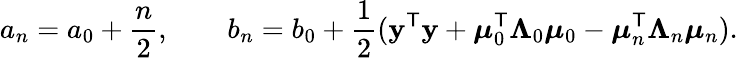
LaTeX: a_{n}=a_{0}+{\frac{n}{2}},\qquad b_{n}=b_{0}+{\frac{1}{2}}(\mathbf{y}^{\mathsf{T}}\mathbf{y}+{\boldsymbol{\mu}}_{0}^{\mathsf{T}}{\boldsymbol{\Lambda}}_{0}{\boldsymbol{\mu}}_{0}-{\boldsymbol{\mu}}_{n}^{\mathsf{T}}{\boldsymbol{\Lambda}}_{n}{\boldsymbol{\mu}}_{n}).